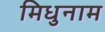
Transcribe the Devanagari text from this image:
मिधुनाम